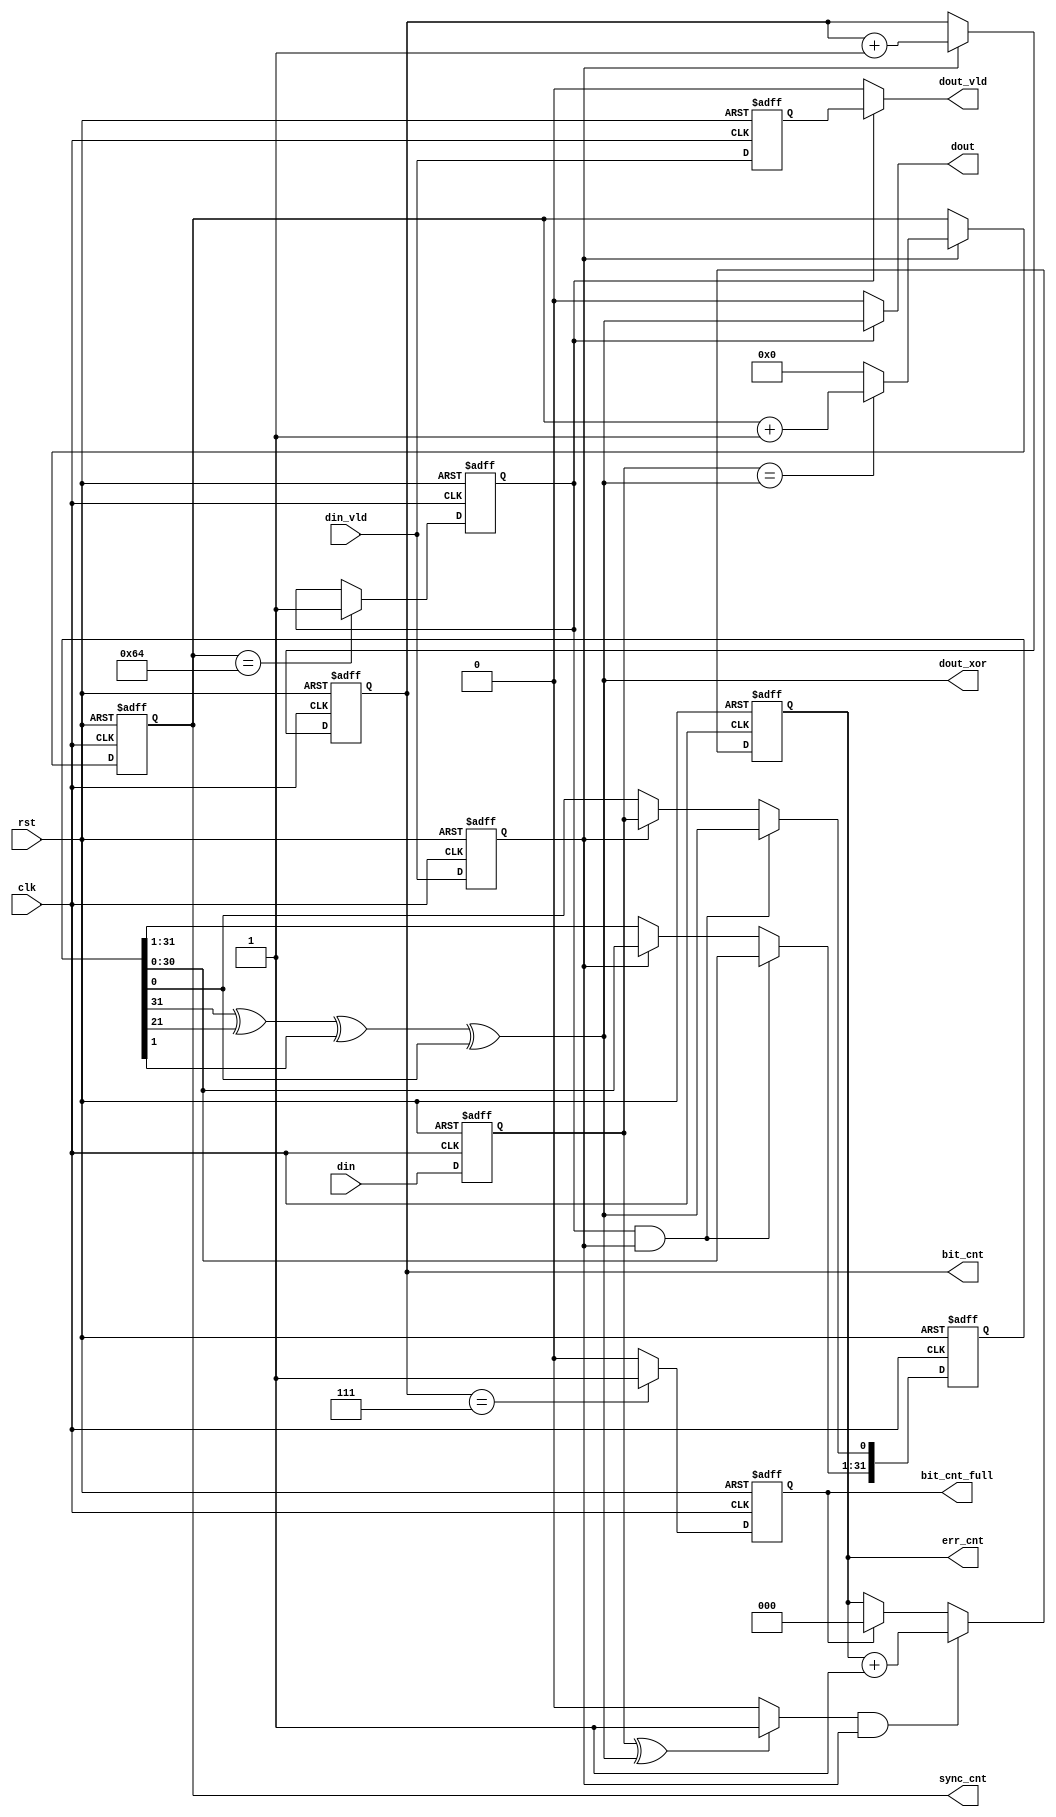
`ifndef _PRBS_RX
`define _PRBS_RX

`timescale 1 ns/1 ps
module PRBS_RX #(parameter 
    PRBS_TYPE     = 7,
    BIT_CNT_WIDTH = 3,
    ERR_CNT_WIDTH = 3
    
)(
    input   clk,
    input   rst,
    
// Inputs
    input   din_vld,
    input   din,
    
// Outputs
    output [BIT_CNT_WIDTH-1:0]      bit_cnt,
    output                          bit_cnt_full,
    output [ERR_CNT_WIDTH-1:0]      err_cnt,
    output                          dout_vld,
    output                          dout,
    
// test outputs
    output [9:0]    sync_cnt,
    output          dout_xor
    
);

//--------------------
// Parameters & signals
//--------------------
    reg [BIT_CNT_WIDTH-1:0]			BIT_CNT_REG;
    reg [9:0]						SYNC_CNT_REG;
    
    reg 							BIT_CNT_FULL_REG;
    reg [ERR_CNT_WIDTH-1:0]			ERR_CNT_REG;	
    
    wire [2:0] 						PRBS_PARAM;
    
    assign PRBS_PARAM = PRBS_TYPE;

//--------------------
// Main
//--------------------

// Delay
    reg DIN_VLD_REG;
    reg DIN_REG;
    
    always @ (posedge clk or negedge rst)
        if (!rst) begin
            DIN_VLD_REG  <= 1'b0;
            DIN_REG		<= 1'b0;
        end
        else begin
            DIN_VLD_REG  <= din_vld;
            DIN_REG		<= din;
        end

// Input bit counter
    reg [31:0] DIN_CNT;
    reg [31:0] DIN_CNT_COEF;
        
    always @ (*)
        case (PRBS_PARAM)
            3'd0: DIN_CNT_COEF = 32'd7; 
            3'd1: DIN_CNT_COEF = 32'd127;	
            3'd2: DIN_CNT_COEF = 32'd511;
            3'd3: DIN_CNT_COEF = 32'd2047; 	
            3'd4: DIN_CNT_COEF = 32'd32767; 
            3'd5: DIN_CNT_COEF = 32'd131071; 
            3'd6: DIN_CNT_COEF = 32'd8388607; 
            3'd7: DIN_CNT_COEF = 32'd4294967295; 
        endcase
        
    always @ (posedge clk or negedge rst)
        if (!rst)
            DIN_CNT <= 32'h0000_0000;
        else if (DIN_CNT == DIN_CNT_COEF)
            DIN_CNT <= 32'h0000_0001;
        else if (DIN_VLD_REG)
            DIN_CNT <= DIN_CNT + 1'b1;
    
// Shift register
    reg [31:0]  DIN_SHIFT_REG;
    reg [31:0]  DIN_FRAME_REG;
    reg         SYNC_FLAG;
    reg	        XOR_OUT;
    
    always @ (posedge clk or negedge rst)
        if (!rst) begin
            DIN_SHIFT_REG <= 32'h0000_0000;
        end else if (SYNC_FLAG && DIN_VLD_REG) begin
                DIN_SHIFT_REG[0] <= XOR_OUT;
                DIN_SHIFT_REG[31:1] <= DIN_SHIFT_REG[30:0];
        end else if (DIN_VLD_REG) begin
                DIN_SHIFT_REG[0] <= DIN_REG;
                DIN_SHIFT_REG[31:1] <= DIN_SHIFT_REG[30:0];
        end
        
    always @ (*)
        case (PRBS_PARAM)
            3'd0: XOR_OUT = DIN_SHIFT_REG[2]  ^ DIN_SHIFT_REG[0]; 
            3'd1: XOR_OUT = DIN_SHIFT_REG[6]  ^ DIN_SHIFT_REG[0];  
            3'd2: XOR_OUT = DIN_SHIFT_REG[8]  ^ DIN_SHIFT_REG[4];  
            3'd3: XOR_OUT = DIN_SHIFT_REG[10] ^ DIN_SHIFT_REG[8];  
            3'd4: XOR_OUT = DIN_SHIFT_REG[14] ^ DIN_SHIFT_REG[0];  
            3'd5: XOR_OUT = DIN_SHIFT_REG[16] ^ DIN_SHIFT_REG[2];  
            3'd6: XOR_OUT = DIN_SHIFT_REG[22] ^ DIN_SHIFT_REG[17];
            3'd7: XOR_OUT = DIN_SHIFT_REG[31] ^ DIN_SHIFT_REG[21] ^ DIN_SHIFT_REG[1] ^ DIN_SHIFT_REG[0];
            default: XOR_OUT = 0;
        endcase
        
// Sync counter
    always @ (posedge clk or negedge rst)
        if (!rst) begin 
            SYNC_CNT_REG <= 0;
        end else if (DIN_VLD_REG) begin
            if (DIN_REG == XOR_OUT)
                SYNC_CNT_REG <= SYNC_CNT_REG + 1'b1;
            else
                SYNC_CNT_REG <= 0;
        end
    
    always @ (posedge clk or negedge rst)
        if (!rst)
            SYNC_FLAG <= 0;
        else if (SYNC_CNT_REG == 100)
            SYNC_FLAG <= 1'b1;
    
// Error/data counters
    always @ (posedge clk or negedge rst)
        if (!rst)
            BIT_CNT_REG <= 32'h0000_0000;
        else if (DIN_VLD_REG)
            BIT_CNT_REG <= BIT_CNT_REG + 1'b1;

    always @ (posedge clk or negedge rst)
        if (!rst)
            BIT_CNT_FULL_REG <= 1'b0;
        else if (BIT_CNT_REG == 2**BIT_CNT_WIDTH-1)
            BIT_CNT_FULL_REG <= 1'b1;
        else
            BIT_CNT_FULL_REG <= 1'b0;
        
// Error counter	
    wire ERR_EN;
    assign ERR_EN = (DIN_REG ^ XOR_OUT) ? 1 : 0; 
        
    always @ (posedge clk or negedge rst)
        if (!rst)
            ERR_CNT_REG <= 32'h0000_0000;
        else if (ERR_EN && DIN_VLD_REG)
            ERR_CNT_REG <= ERR_CNT_REG + 1'b1;
        else if (BIT_CNT_FULL_REG)
            ERR_CNT_REG <= 32'h0000_0000;
    
    reg DOUT_VLD_REG;
    
    always @ (posedge clk or negedge rst)
        if (!rst)
            DOUT_VLD_REG <= 1'b0;
        else
            DOUT_VLD_REG <= din_vld;
    
//--------------------
// Output
//--------------------
    assign dout = SYNC_FLAG ? XOR_OUT : 1'b0; //GEN_DOUT : 1'b0;
    assign dout_vld = SYNC_FLAG ? DOUT_VLD_REG : 1'b0;
    assign bit_cnt = BIT_CNT_REG;
    assign bit_cnt_full = BIT_CNT_FULL_REG;
    assign err_cnt = ERR_CNT_REG;
    
    assign dout_xor = XOR_OUT;
    assign sync_cnt = SYNC_CNT_REG;
    
endmodule

`endif // _PRBS_RX